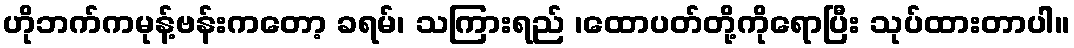
ဟိုဘက်ကမုန့်ဗန်းကတော့ ခရမ်၊ သကြားရည် ၊ထောပတ်တို့ကိုရောပြီး သုပ်ထားတာပါ။